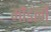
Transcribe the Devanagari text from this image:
मौडलों